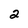
Character: 2